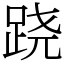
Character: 跷